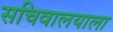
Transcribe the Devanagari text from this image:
सचिवालयाला